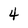
Character: 4